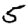
Digit: 5